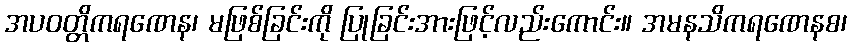
အပဝတ္တိကရဏေန၊ မဖြစ်ခြင်းကို ပြုခြင်းအားဖြင့်လည်းကောင်း။ အမနသိကရဏေနစ၊